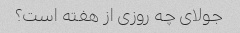
جولای چه روزی از هفته است؟